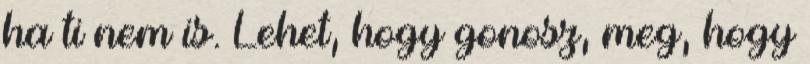
ha ti nem is. Lehet, hogy gonosz, meg, hogy